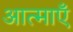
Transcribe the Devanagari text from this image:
आत्‍माएँ